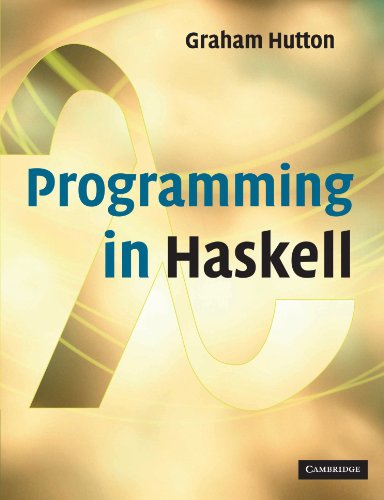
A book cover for Programming in Haskell; Graham Hutton; Computers & Technology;